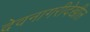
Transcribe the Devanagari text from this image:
देवनागरीदेखील